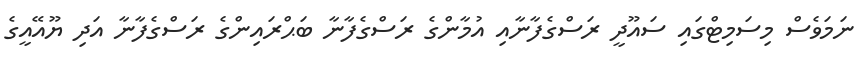
ނަމަވެސް މިސަމިޓްގައި ސައޫދީ ރަސްގެފާނާއި އުމާންގެ ރަސްގެފާނާ ބަޙްރައިންގެ ރަސްގެފާނާ އަދި ޔޫއޭއީގެ